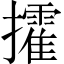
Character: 攉